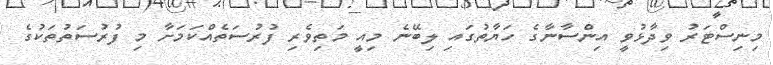
މިނިސްޓަރު ވިދާޅުވީ އިންސާނާގެ ހަޔާތުގައި ލިބޭނެ މިއީ މަތިވެރި ފުރުސަތެއްކަމަށާ މި ފުރުސަތުތަކުގެ